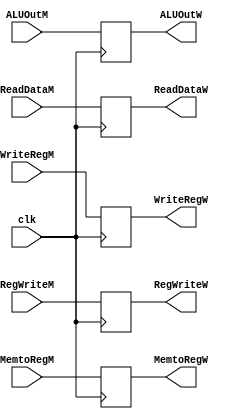
module MEM_WB(RegWriteM, MemtoRegM, ALUOutM, ReadDataM, WriteRegM, RegWriteW, 
	      MemtoRegW, ALUOutW, ReadDataW, WriteRegW, clk);
// define the input pins
input RegWriteM, MemtoRegM, clk;
input[31:0] ALUOutM, ReadDataM;
input[4:0] WriteRegM;

// define the output pins
output reg RegWriteW, MemtoRegW;
output reg [31:0] ALUOutW, ReadDataW;
output reg [4:0] WriteRegW;

// Memory Stage: memory for load
always@(posedge clk)
begin
RegWriteW <= RegWriteM;
MemtoRegW <= MemtoRegM;
ALUOutW <= ALUOutM;
ReadDataW <= ReadDataM;
WriteRegW <= WriteRegM;
end 

endmodule